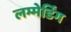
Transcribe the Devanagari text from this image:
लम्मेर्डिंग